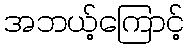
အဘယ့်ကြောင့်